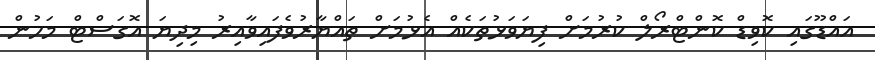
އައްޑޫގައި ކޮވިޑް ކޮންޓްރޯލް ކުރުމަށް ފިޔަވަޅުތަކެއް އެޅުމަށް ތައްޔާރުވެފައިވާއިރު މިދިޔަ އޮގަސްޓް މަހުން